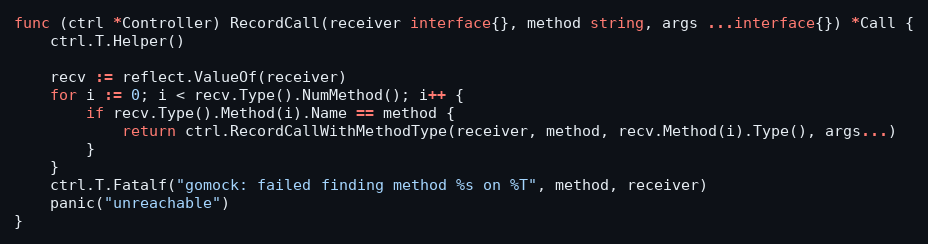
Language: Go
func (ctrl *Controller) RecordCall(receiver interface{}, method string, args ...interface{}) *Call {
	ctrl.T.Helper()

	recv := reflect.ValueOf(receiver)
	for i := 0; i < recv.Type().NumMethod(); i++ {
		if recv.Type().Method(i).Name == method {
			return ctrl.RecordCallWithMethodType(receiver, method, recv.Method(i).Type(), args...)
		}
	}
	ctrl.T.Fatalf("gomock: failed finding method %s on %T", method, receiver)
	panic("unreachable")
}